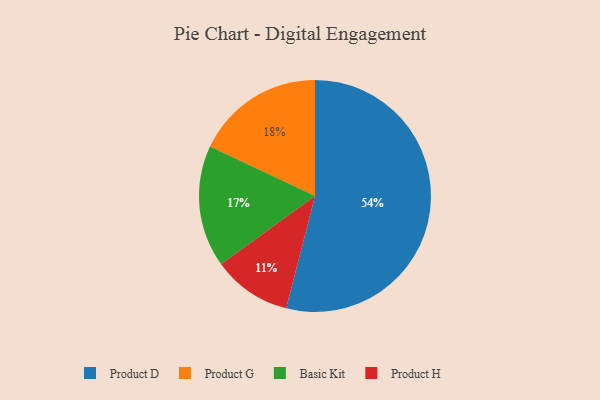
{"axis": {"x": "Category", "y": "Percentage"}, "legend": ["Basic Kit", "Product D", "Product G", "Product H"], "data": [{"x": "Product D", "y": 54, "type": "Product D"}, {"x": "Product G", "y": 18, "type": "Product G"}, {"x": "Basic Kit", "y": 17, "type": "Basic Kit"}, {"x": "Product H", "y": 11, "type": "Product H"}]}